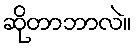
ဆိုတာဘာလဲ။